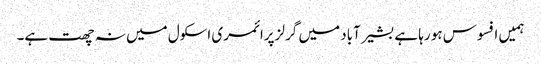
ہمیں افسوس ہو رہا ہے بشیر آباد میں گرلز پرائمری اسکول میں نہ چھت ہے۔